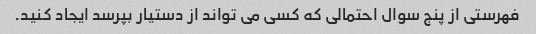
فهرستی از پنج سوال احتمالی که کسی می تواند از دستیار بپرسد ایجاد کنید.